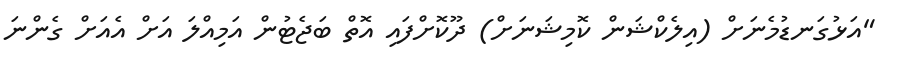
"އަޅުގަނޑުމެނަށް (އިލެކްޝަން ކޮމިޝަނަށް) ދޫކޮށްފައި އޮތް ބަޖެޓުން އަމިއްލަ އަށް އެއަށް ގެންނަ